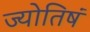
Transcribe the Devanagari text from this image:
ज्योतिषं